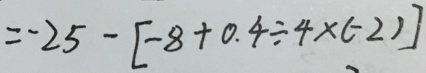
= - 2 5 - [ - 8 + 0 . 4 \div 4 \times ( - 2 ) ]